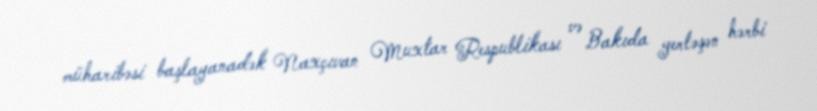
müharibəsi başlayanadək Naxçıvan Muxtar Respublikası və Bakıda yerləşən hərbi